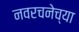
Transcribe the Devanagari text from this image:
नवरचनेच्या